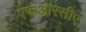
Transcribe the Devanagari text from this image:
एफआरसीए